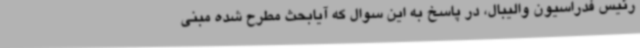
رئیس فدراسیون والیبال، در پاسخ به این سوال که آیابحث مطرح شده مبنی